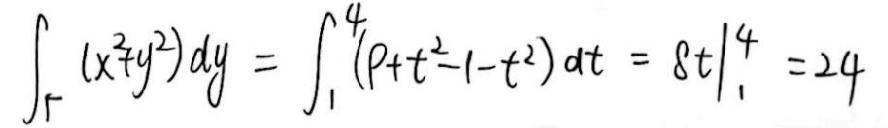
\[ \int_{\Gamma} (x^{2}+y^{2}) dy = \int_{1}^{4} (1 + t^{2}-1 - t^{2}) dt = \left.8t\right|_{1}^{4}=24 \]